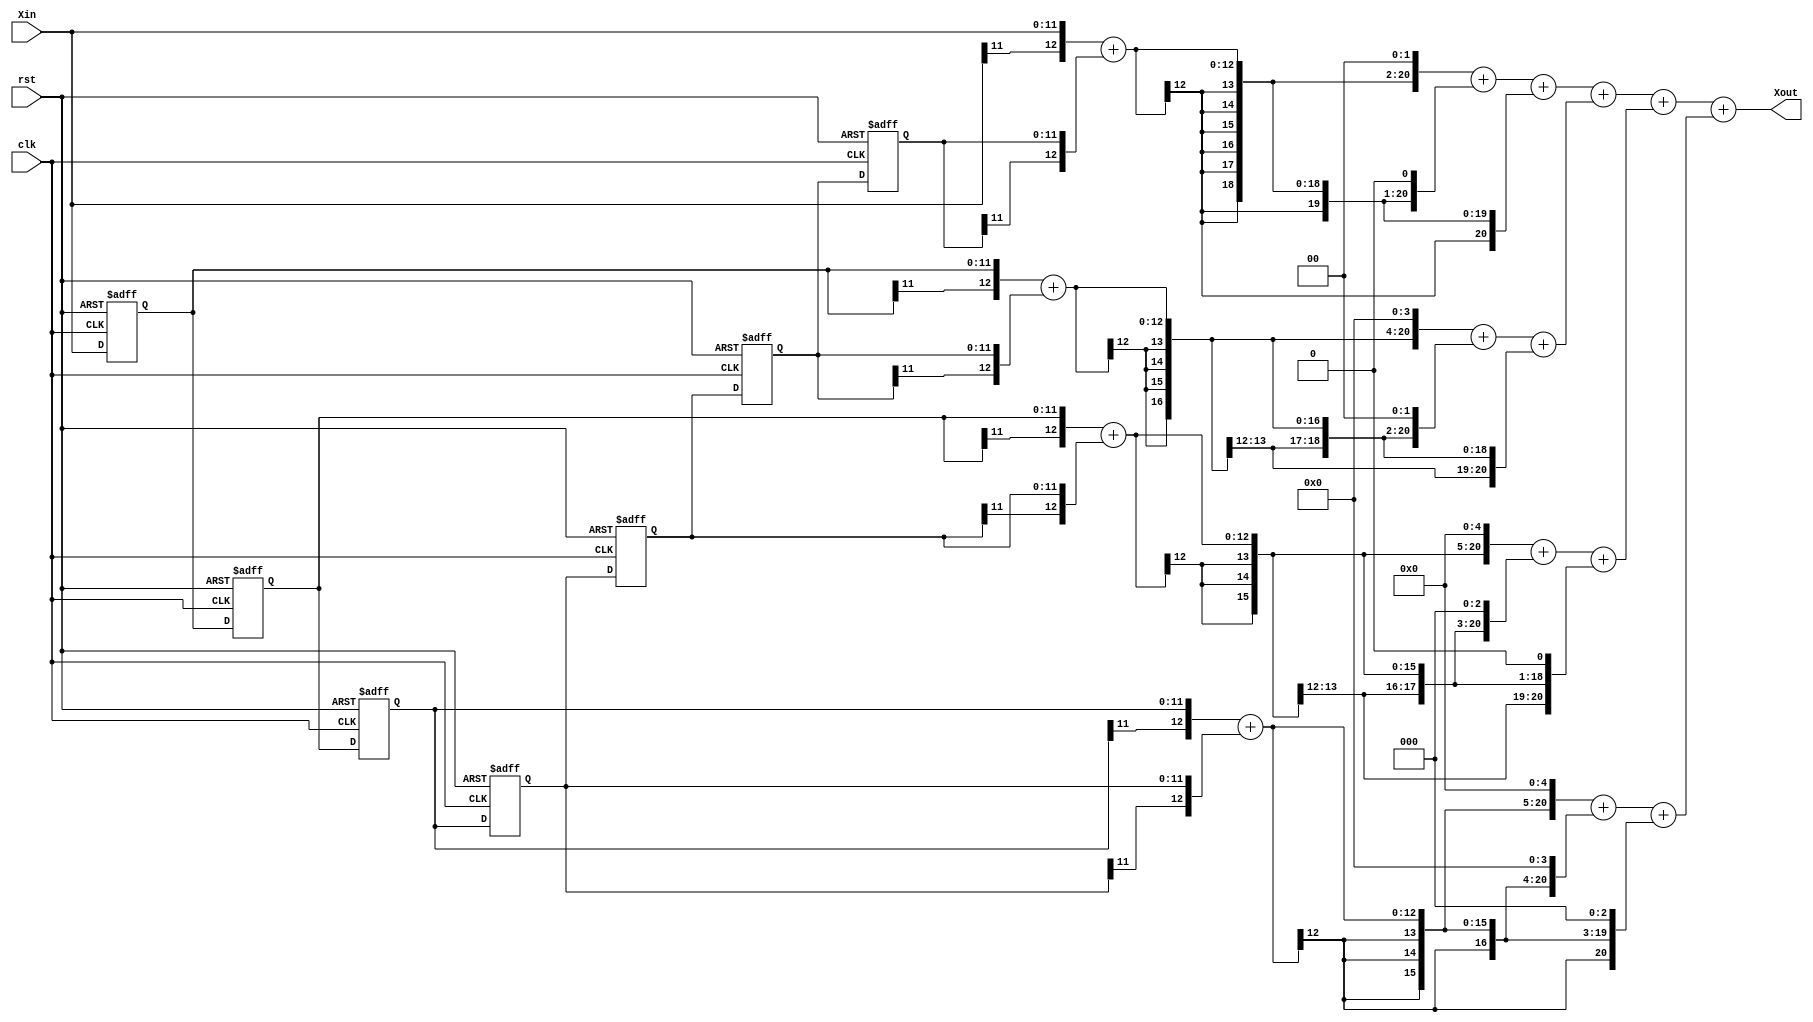
//ZeroParallel.v
module ZeroParallel (
	rst,clk,Xin,
	Xout);
	
	input		rst;   //
	input		clk;   //FPGA2kHz
	input	 signed [11:0]	Xin;  //2kHZ
	output signed [20:0]	Xout; //


	//Xin_Reg
	reg signed[11:0] Xin_Reg[6:0];
	reg [3:0] i,j; 
	always @(posedge clk or posedge rst)
		if (rst)
			//0
			begin 
				for (i=0; i<7; i=i+1)
					Xin_Reg[i]=12'd0;
			end
		else
			begin
				for (j=0; j<6; j=j+1)
					Xin_Reg[j+1] <= Xin_Reg[j];
				Xin_Reg[0] <= Xin;
			end
			
	//
	wire signed [12:0] Add_Reg[3:0];
	assign Add_Reg[0]={Xin[11],Xin} + {Xin_Reg[6][11],Xin_Reg[6]};
	assign Add_Reg[1]={Xin_Reg[0][11],Xin_Reg[0]} + {Xin_Reg[5][11],Xin_Reg[5]};
	assign Add_Reg[2]={Xin_Reg[1][11],Xin_Reg[1]} + {Xin_Reg[4][11],Xin_Reg[4]};
	assign Add_Reg[3]={Xin_Reg[2][11],Xin_Reg[2]} + {Xin_Reg[3][11],Xin_Reg[3]};	
	
	//
	wire signed [20:0] Mult_Reg[3:0];
	assign Mult_Reg[0]={{6{Add_Reg[0][12]}},Add_Reg[0],2'd0} + {{7{Add_Reg[0][12]}},Add_Reg[0],1'd0} + {{8{Add_Reg[0][12]}},Add_Reg[0]};       //*7
	assign Mult_Reg[1]={{4{Add_Reg[1][12]}},Add_Reg[1],4'd0} + {{6{Add_Reg[1][12]}},Add_Reg[1],2'd0} + {{8{Add_Reg[1][12]}},Add_Reg[1]};       //*21
	assign Mult_Reg[2]={{3{Add_Reg[2][12]}},Add_Reg[2],5'd0} + {{5{Add_Reg[2][12]}},Add_Reg[2],3'd0} + {{7{Add_Reg[2][12]}},Add_Reg[2],1'd0};  //*42
	assign Mult_Reg[3]={{3{Add_Reg[3][12]}},Add_Reg[3],5'd0} + {{4{Add_Reg[3][12]}},Add_Reg[3],4'd0} + {{5{Add_Reg[3][12]}},Add_Reg[3],3'd0};  //*56	

	//
	assign Xout = Mult_Reg[0] + Mult_Reg[1] + Mult_Reg[2] + Mult_Reg[3];
	
endmodule